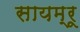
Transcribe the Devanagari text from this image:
सायम्रू